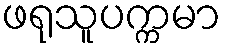
ဖရုသူပက္ကမာ